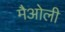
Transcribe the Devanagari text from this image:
मैओली